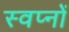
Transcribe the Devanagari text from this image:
स्वप्‍नों